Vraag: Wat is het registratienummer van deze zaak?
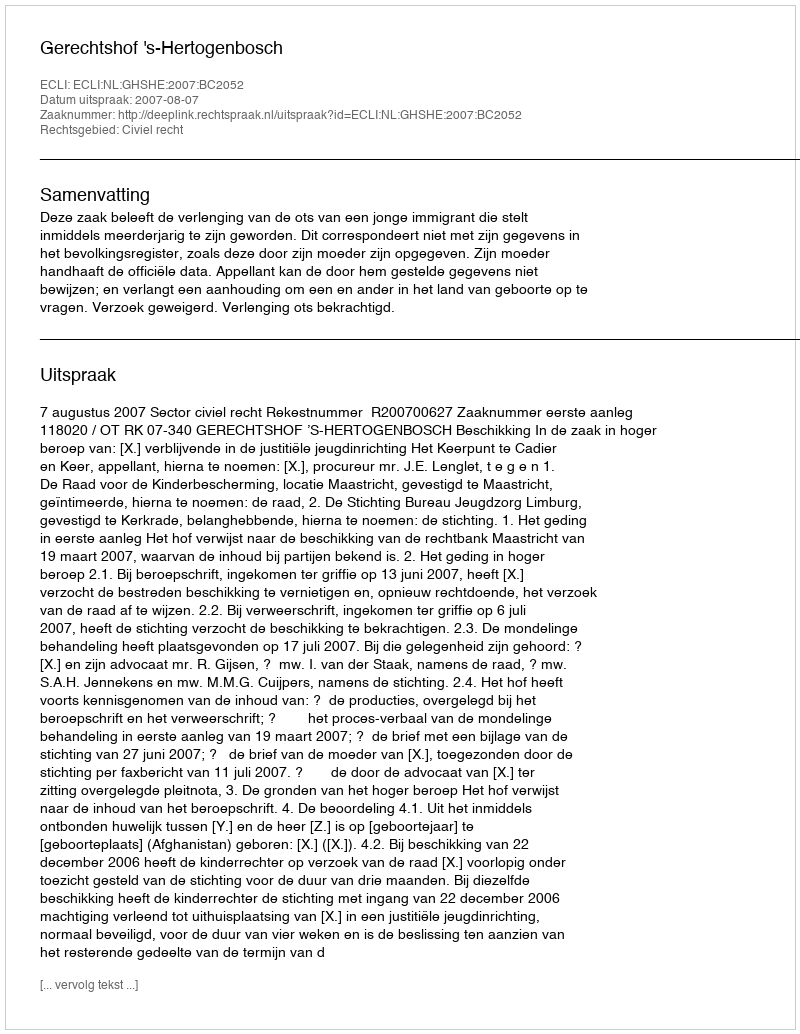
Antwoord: http://deeplink.rechtspraak.nl/uitspraak?id=ECLI:NL:GHSHE:2007:BC2052